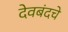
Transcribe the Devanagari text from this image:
देवबंदचे